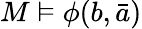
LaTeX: M\vDash\phi(b,{\bar{a}})